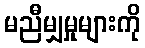
မညီမျှမှုများကို